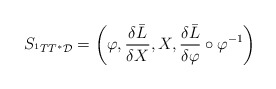
\begin{align*}S_{^{1}TT^{\ast }\mathcal{D}}=\left( \varphi ,\frac{\delta \bar{L}}{\delta X},X,\frac{\delta \bar{L}}{\delta \varphi }\circ \varphi ^{-1}\right)\end{align*}